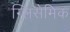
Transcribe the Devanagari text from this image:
ग्लिसेमिक